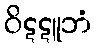
ဝိဋဋူဘံ